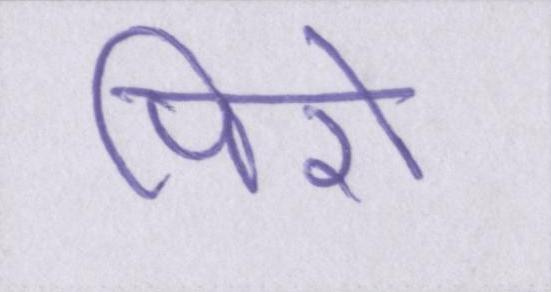
पिरो